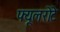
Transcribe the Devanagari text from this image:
फ्यूलरोटे